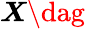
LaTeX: \boldsymbol{X\dag}